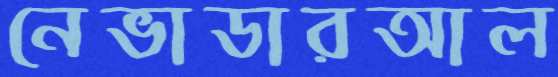
নেভাডারআল